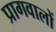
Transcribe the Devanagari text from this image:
प्रागवालों